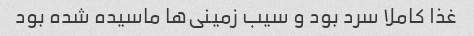
غذا کاملا سرد بود و سیب زمینی‌ها ماسیده شده بود